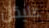
عليكن